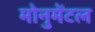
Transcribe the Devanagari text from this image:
मोनुमेंटल